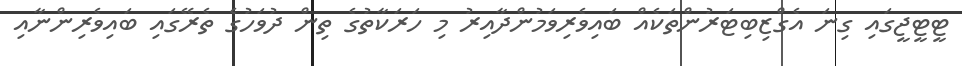
ޓީޓީޖީގައި ގިނަ އެގްޒިބިޓަރުންތަކެއް ބައިވެރިވަމުންދާއިރު މި ހަރަކާތުގެ ތިން ދުވަހުގެ ތެރޭގައި ބައިވެރިންނާއި